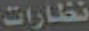
نظارات